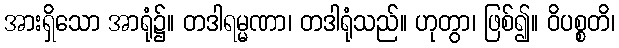
အားရှိသော အာရုံ၌။ တဒါရမ္မဏာ၊ တဒါရုံသည်။ ဟုတွာ၊ ဖြစ်၍။ ဝိပစ္စတိ၊